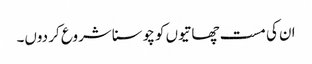
ان کی مست چھاتیوں کو چوسنا شروع کر دوں۔